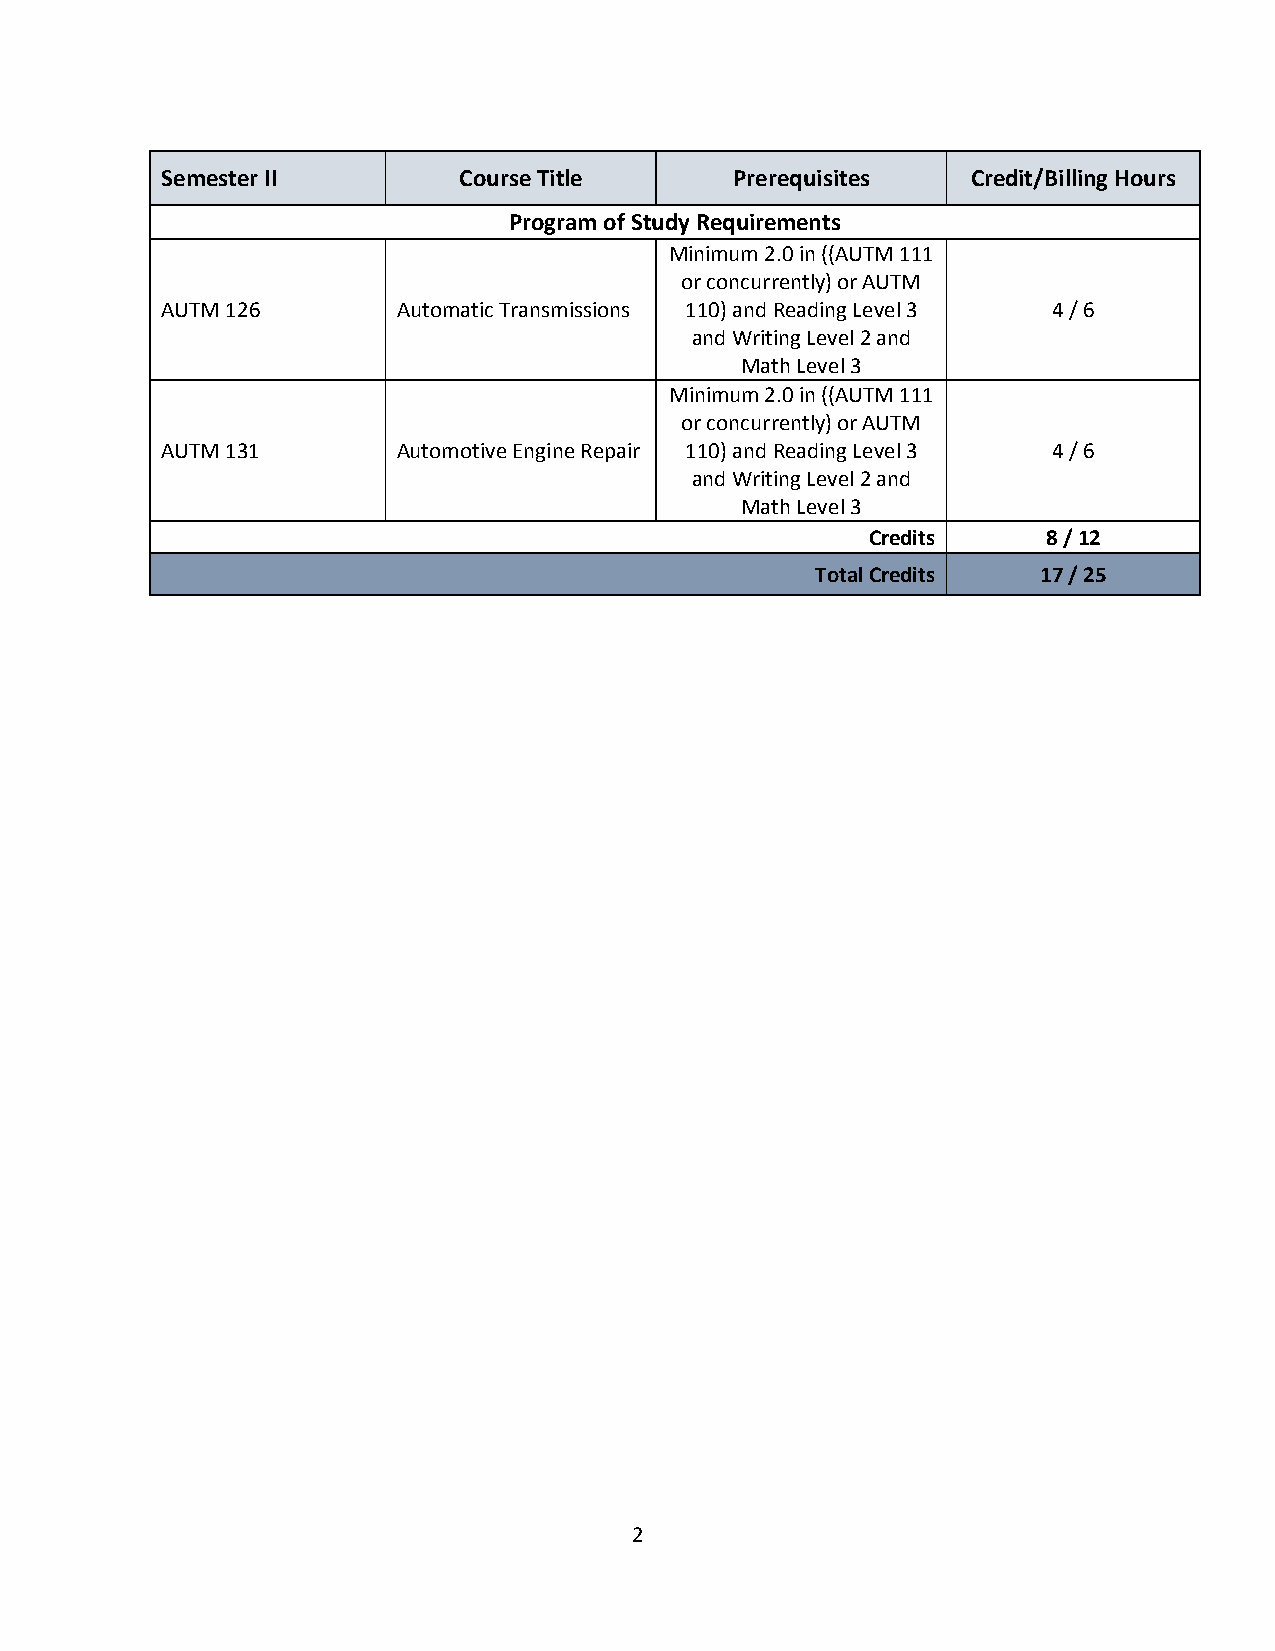
Semester II        Course Title       Prerequisites  Credit/Billing Hours
 Program of Study Requirements
 Minimum 2.0 in ((AUTM 111
 or concurrently) or AUTM
 AUTM 126       Automatic Transmissions 110) and Reading Level 3 4 / 6
 and Writing Level 2 and
 Math Level 3
 Minimum 2.0 in ((AUTM 111
 or concurrently) or AUTM
 AUTM 131       Automotive Engine Repair 110) and Reading Level 3 4 / 6
 and Writing Level 2 and
 Math Level 3
 Credits    8 / 12
 Total Credits  17 / 25
 2